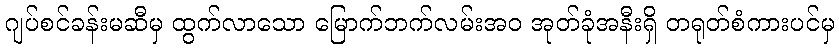
ဂျပ်စင်ခန်းမဆီမှ ထွက်လာသော မြောက်ဘက်လမ်းအဝ အုတ်ခုံအနီးရှိ တရုတ်စံကားပင်မှ